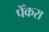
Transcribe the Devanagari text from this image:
पेँकरा